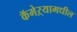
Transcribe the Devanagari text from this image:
कॅमेऱ्यामधील